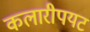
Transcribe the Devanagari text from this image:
कलारीपयट